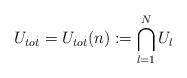
LaTeX: \begin{align*}U_{tot} = U_{tot}(n) := \bigcap_{l=1}^{N} U_l\end{align*}